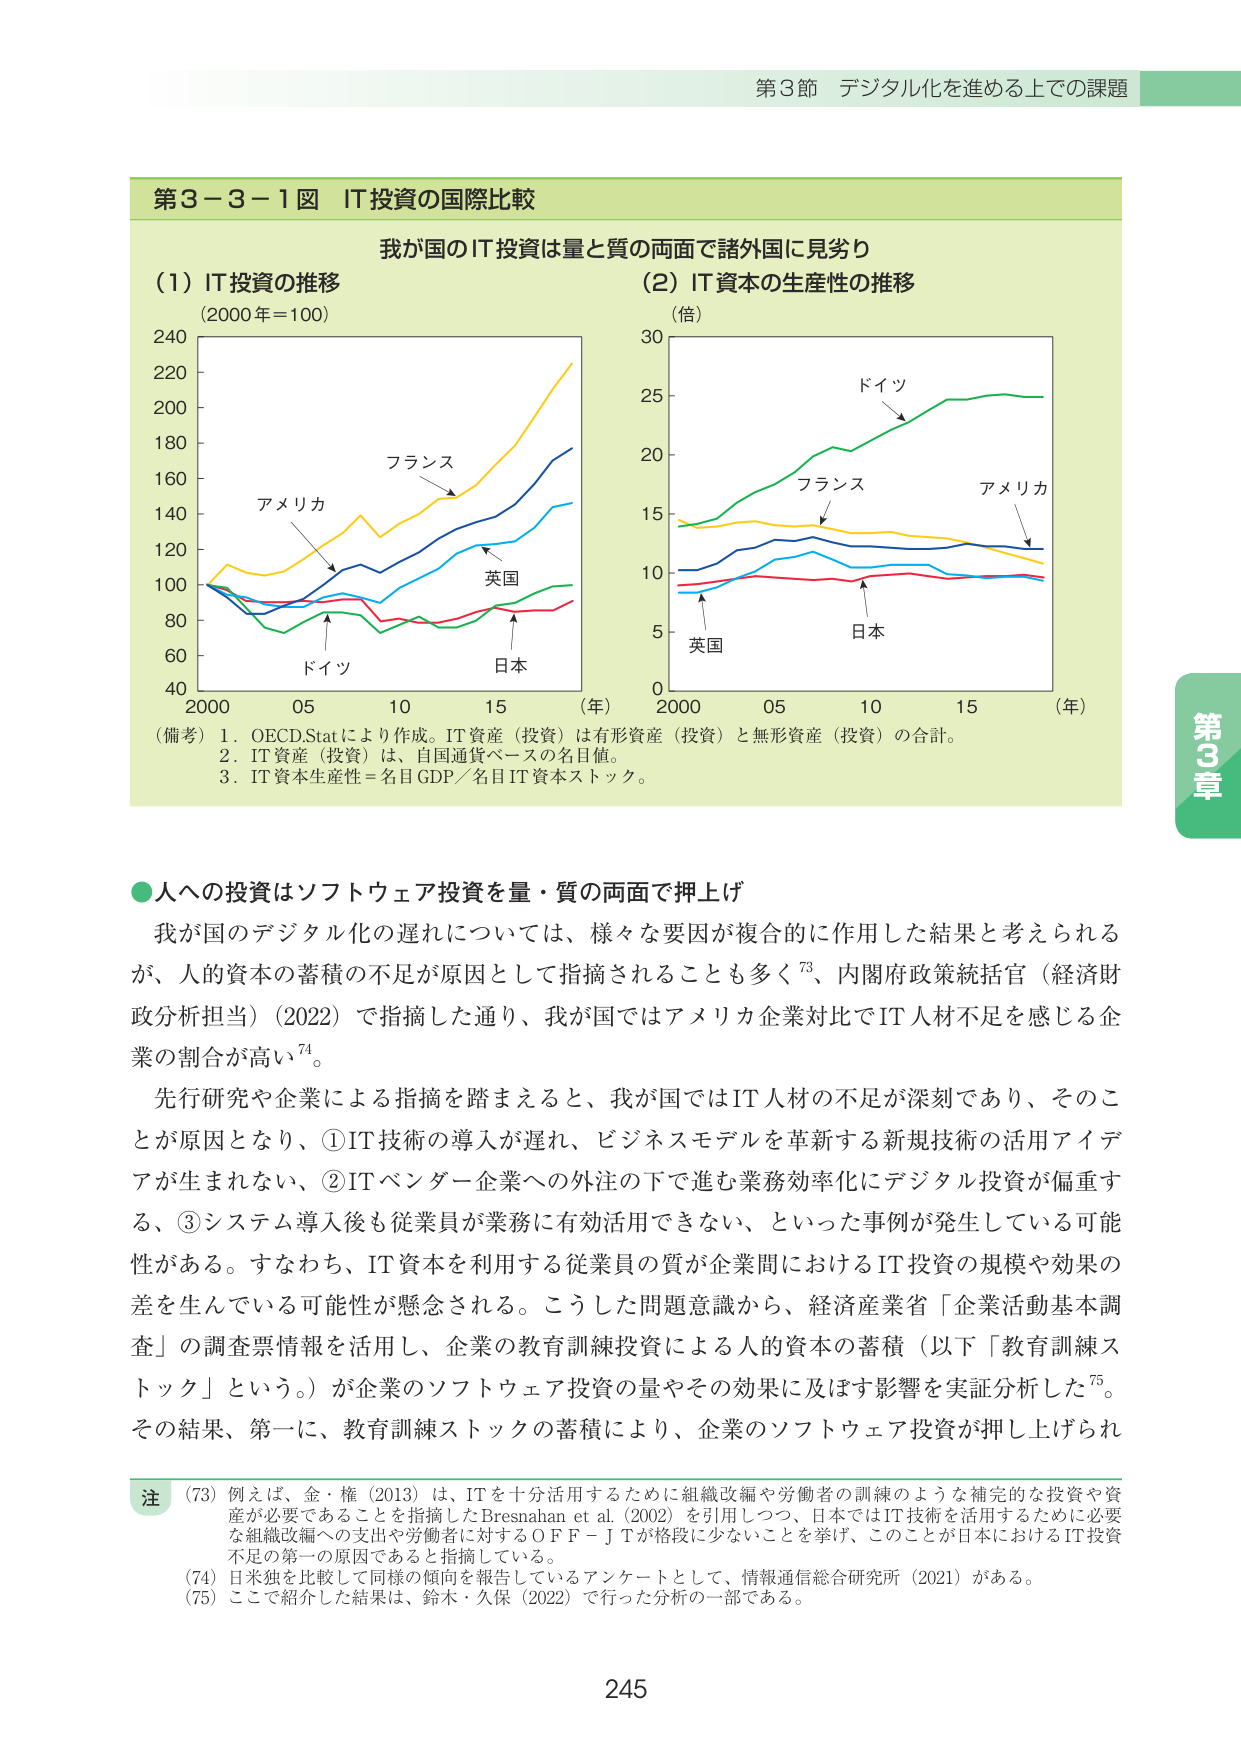
第3節 デジタル化を進める上での課題

第3－3－1図 IT投資の国際比較

我が国のIT投資は量と質の両面で諸外国に見劣り

（1）IT投資の推移
（2000年＝100）

（2）IT資本の生産性の推移
（倍）

（備考）1．OECD.Statにより作成。IT資産（投資）は有形資産（投資）と無形資産（投資）の合計。
　　　2．IT資産（投資）は、自国通貨ベースの名目値。
　　　3．IT資本生産性＝名目GDP／名目IT資本ストック。

●人への投資はソフトウェア投資を量・質の両面で押上げ

我が国のデジタル化の遅れについては、様々な要因が複合的に作用した結果と考えられるが、人的資本の蓄積の不足が原因として指摘されることも多く⁷³、内閣府政策統括官（経済財政分析担当）（2022）で指摘した通り、我が国ではアメリカ企業対比でIT人材不足を感じる企業の割合が高い⁷⁴。

先行研究や企業による指摘を踏まえると、我が国ではIT人材の不足が深刻であり、そのことが原因となり、①IT技術の導入が遅れ、ビジネスモデルを革新する新規技術の活用アイデアが生まれない、②ITベンダー企業への外注の下で進む業務効率化にデジタル投資が偏重する、③システム導入後も従業員が業務に有効活用できない、といった事例が発生している可能性がある。すなわち、IT資本を利用する従業員の質が企業間におけるIT投資の規模や効果の差を生んでいる可能性が懸念される。こうした問題意識から、経済産業省「企業活動基本調査」の調査票情報を利用し、企業の教育訓練投資による人的資本の蓄積（以下「教育訓練ストック」という。）が企業のソフトウェア投資の量やその効果に及ぼす影響を実証分析した⁷⁵。その結果、第一に、教育訓練ストックの蓄積により、企業のソフトウェア投資が押し上げられ

注
（73）例えば、金・権（2013）は、ITを十分活用するために組織改編や労働者の訓練のような補完的な投資や資産が必要であることを指摘したBresnahan et al.（2002）を引用しつつ、日本ではIT技術を活用するために必要な組織改編への支出や労働者に対するＯＦＦ－ＪＴが格段に少ないことを挙げ、このことが日本におけるIT投資不足の第一の原因であると指摘している。
（74）日米独を比較して同様の傾向を報告しているアンケートとして、情報通信総合研究所（2021）がある。
（75）ここで紹介した結果は、鈴木・久保（2022）で行った分析の一部である。

245

第3章

（年）
2000　05　10　15
アメリカ
フランス
英国
ドイツ
日本

（年）
2000　05　10　15
ドイツ
フランス
アメリカ
英国
日本